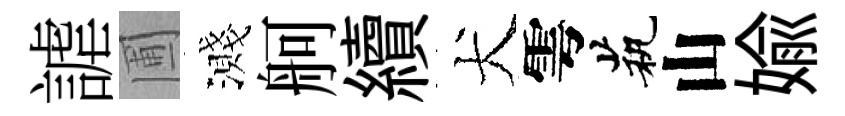
謔圃濺舸續犬雩茕山媮